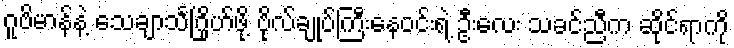
ဂူဗိမာန်နဲ့ သေချာသင်္ဂြိုဟ်ဖို့ ဗိုလ်ချုပ်ကြီးနေဝင်းရဲ့ ဦးလေး သခင်ညီက ဆိုင်ရာကို